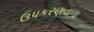
ઉપકરણવાળા